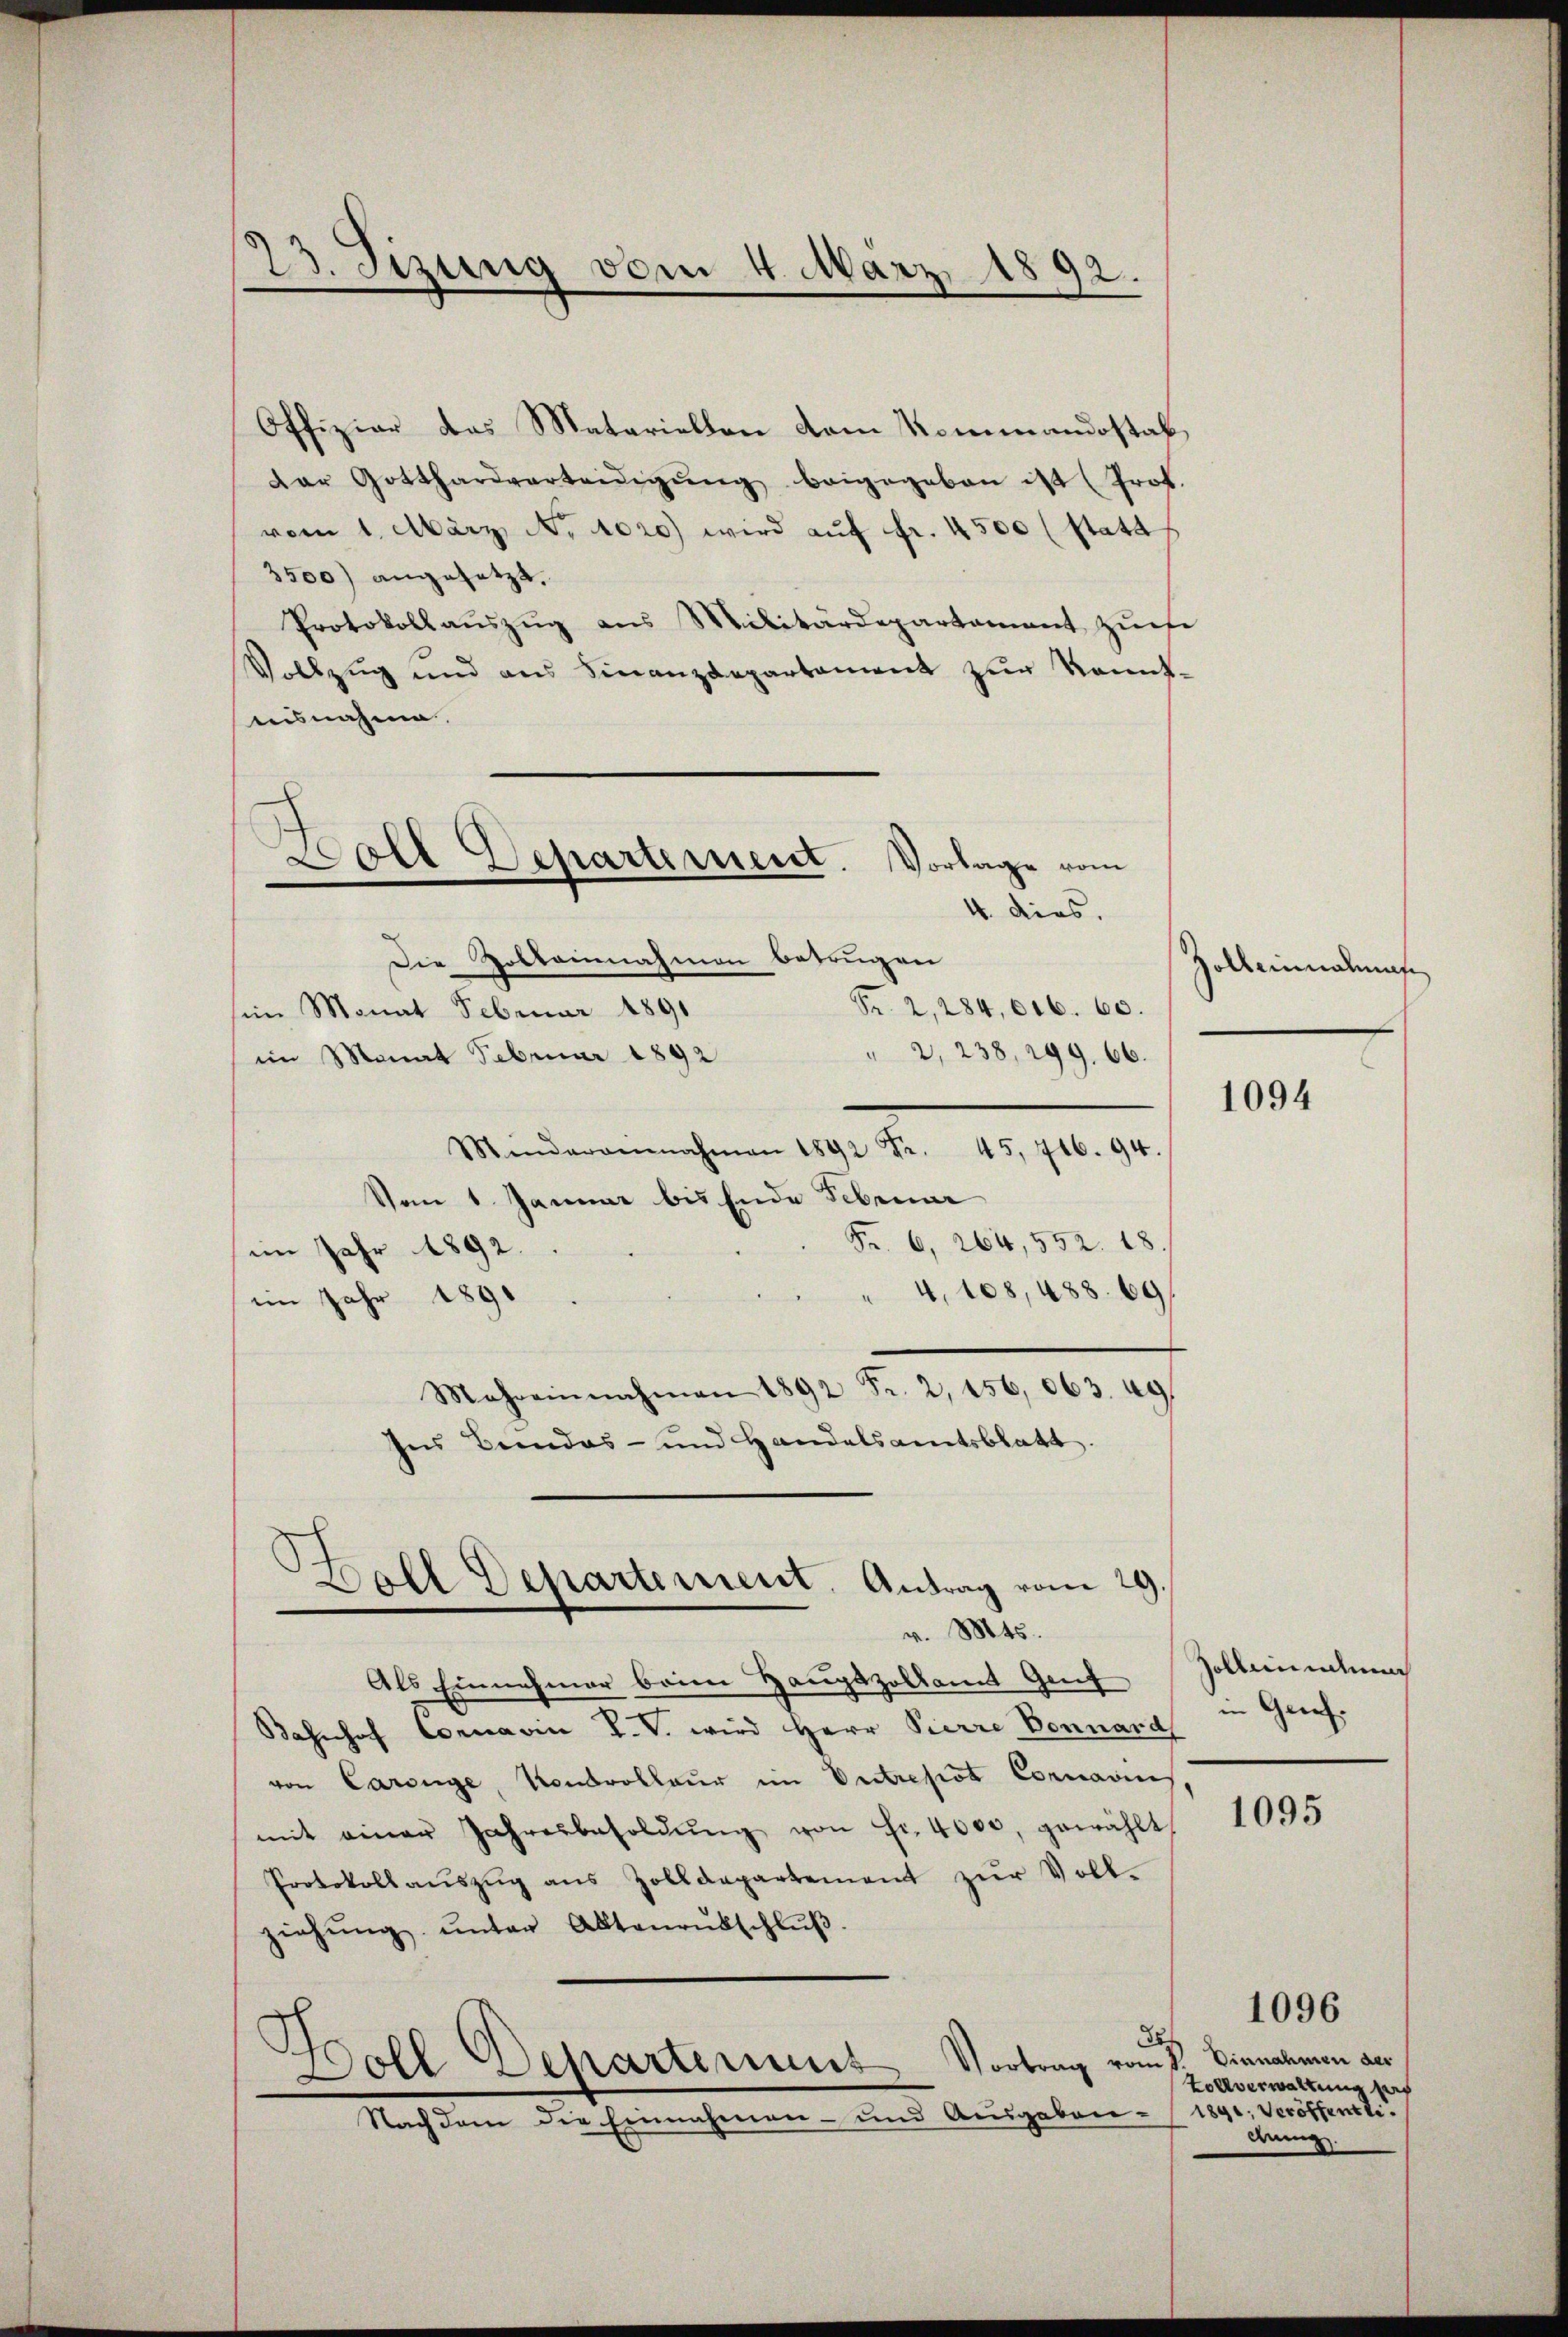
23. Sizung vom 4. März 1892.
.

Offiziar das Matariellen vom Kommandostaf
Dar Gotthardverteidigŭng beigegeben ist (Prot
vom 1. März. No 1020.) wird auf fr. 4500 (stata
3500) angesetzt.
Protokoll aŭszŭg aus Militärdepartament zŭrf
Vollzug und ans Finanzdepartament zŭr kannt.
Ausnahme.
Die Zolleinnahmen betrugen
Fr. 2, 284, 606. 60.
sin Monat Februar 1891
" 2, 238, 299. 66.
im Monat Februar 1892
Mindereinnahmen 1892 Fr. 45, 446. 94.
Vom 1 Januar bis Ende Februar
Fr. 6, 264, 552. 18.
im Jahr 1892.
" 4, 108, 488. 69
im Jahr 1891
Mehreinnahmen 1892 Fr. 2, 156, 063. 49.
Ins Beendes- und Handelsamtsblatt.
Holl Departement. Antrag vom 29.
v. Mts.
Als Einnahmer beim Hauptzollamt Genf
Bahnhof Connavin P. V. wird Herr Pierre Bonnard in Grief.
von Carsige, Kontrollaur im Entrepot Cornarin
mit einer Jahresbesoldŭng von Fr. 4000, gewählt
Protokoll aŭszŭg ans Zolldepartement zŭr Voll-
ziehŭng ŭnter Aktenrütschlŭβ.
8
.
Vortrag vom 1. Einnahmen der
Boll Separtemens
Nach dem die Einnahmen- und Ausgaben - 1890. Veröffentli

—
Doll Departement. Vorlage vom
e
4. dies.

Zolbeinalmas

1094

Zolleinhung

1095

Zollverwaltung s
drang.

1096